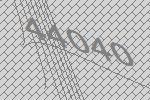
44040